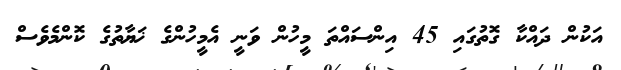
އަކުން ދައްކާ ގޮތުގައި 45 އިންސައްތަ މީހުން ވަނީ އެމީހުންގެ ޚަޔާތުގެ ކޮންމެވެސް